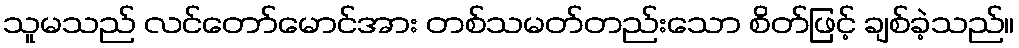
သူမသည် လင်တော်မောင်အား တစ်သမတ်တည်းသော စိတ်ဖြင့် ချစ်ခဲ့သည်။